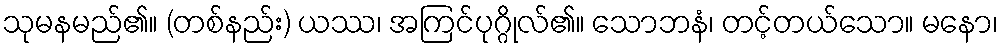
သုမနမည်၏။ (တစ်နည်း) ယဿ၊ အကြင်ပုဂ္ဂိုလ်၏။ သောဘနံ၊ တင့်တယ်သော။ မနော၊